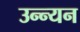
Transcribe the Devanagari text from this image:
उन्न्यन